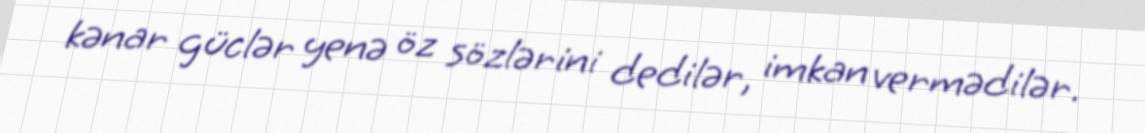
kənar güclər yenə öz sözlərini dedilər, imkan vermədilər.